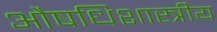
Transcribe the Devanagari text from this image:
औषधिशास्त्रीय